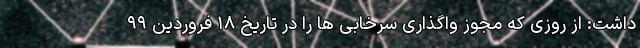
داشت: از روزی که مجوز واگذاری سرخابی ها را در تاریخ ۱۸ فروردین ۹۹